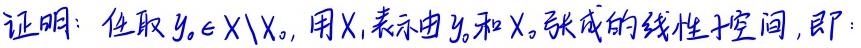
证明：任取 $y_0\in X\setminus X_0$, 用 $X_1$ 表示由 $y_0$ 和 $X_0$ 张成的线性子空间，即：